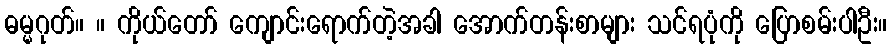
ဓမ္မဂုတ်။ ။ ကိုယ်တော် ကျောင်းရောက်တဲ့အခါ အောက်တန်းစာများ သင်ရပုံကို ပြောစမ်းပါဦး။